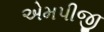
એમપીજી